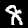
Label: 8